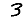
Digit: 3